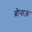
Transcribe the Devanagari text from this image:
ब्रौनाऊ